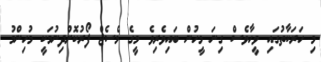
މި ހަރަކާތުގައި ވީހާވެސް ގިނަ މީހުން ބައިވެރިވެ މީގެ މެސެޖް ފޯރުކޮށްދިނުމަކީ މުހިންމު